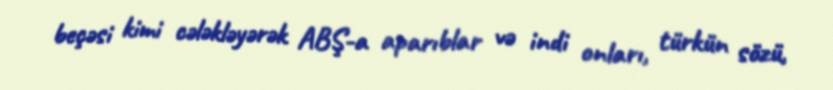
beçəsi kimi cələkləyərək ABŞ-a aparıblar və indi onları, türkün sözü,